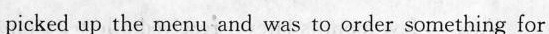
picked up the menu and was to order something for